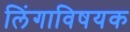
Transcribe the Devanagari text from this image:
लिंगाविषयक